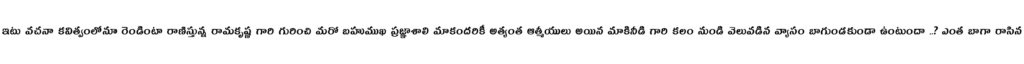
ఇటు వచనా కవిత్వంలోనూ రెండింటా రాణిస్తున్న రామకృష్ణ గారి గురించి మరో బహుముఖ ప్రజ్ఞాశాలి మాకందరికీ అత్యంత ఆత్మీయులు అయిన మాకినీడి గారి కలం నుండి వెలువడిన వ్యాసం బాగుండకుండా ఉంటుందా ..? ఎంత బాగా రాసిన